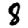
Digit: 8